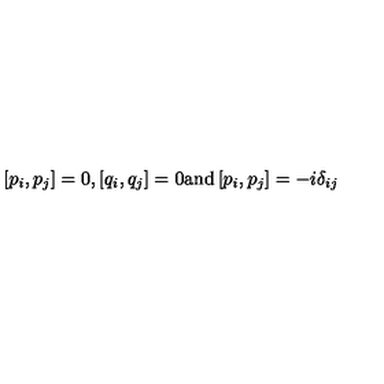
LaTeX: \left[ p _ { i } , p _ { j } \right] = 0 , \left[ q _ { i } , q _ { j } \right] = 0 \mathrm { a n d } \left[ p _ { i } , p _ { j } \right] = - i \delta _ { i j }